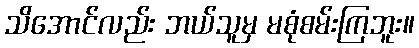
သိအောင်လည်း ဘယ်သူမှ မစုံစမ်းကြဘူး။